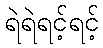
ရဲရဲရင့်ရင့်